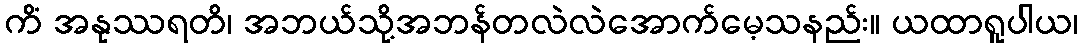
ကိံ အနုဿရတိ၊ အဘယ်သို့အဘန်တလဲလဲအောက်မေ့သနည်း။ ယထာရူပါယ၊